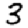
Digit: 3